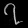
Digit: ၇